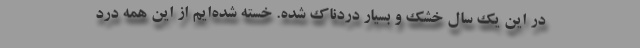
در این‌ یک سال خشک و بسیار دردناک شده. خسته شده‌ایم از این‌ همه درد